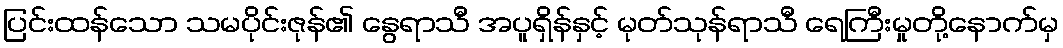
ပြင်းထန်သော သမပိုင်းဇုန်၏ နွေရာသီ အပူရှိန်နှင့် မုတ်သုန်ရာသီ ရေကြီးမှုတို့နောက်မှ